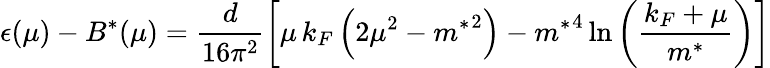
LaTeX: \epsilon(\mu)-B^{*}(\mu)=\frac{d}{16\pi^{2}}\left[\mu\, k_{F}\left(2\mu^{2}-{m^{*}}^{2}\right)-{m^{*}}^{4}\ln{\left(\frac{k_{F}+\mu}{m^{*}}\right)}\right]